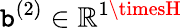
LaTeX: \mathtt{b}^{(2)}\in\mathbb{{R}}^{1\timesH}